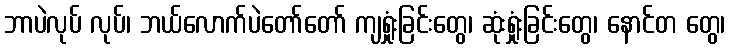
ဘာပဲလုပ် လုပ်၊ ဘယ်လောက်ပဲတော်တော် ကျရှုံးခြင်းတွေ၊ ဆုံးရှုံးခြင်းတွေ၊ နောင်တ တွေ၊